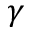
\gamma